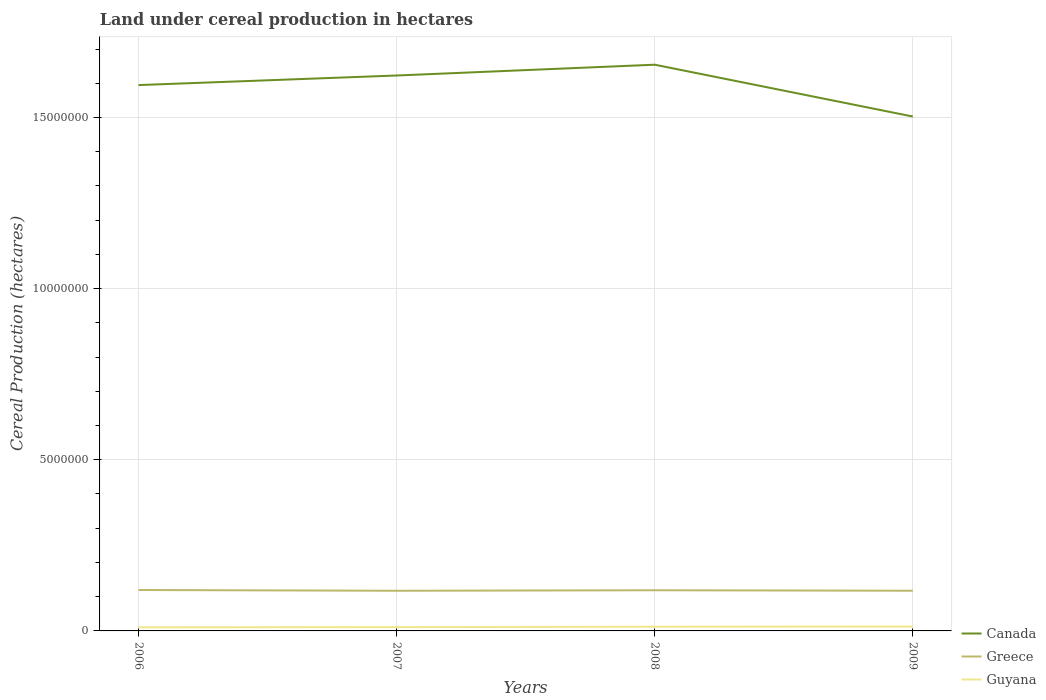
| Years | Canada | Greece | Guyana |
 | --- | --- | --- | --- |
 | 2006 | 1.59e+07 | 1.2e+06 | 1.05e+05 |
 | 2007 | 1.62e+07 | 1.17e+06 | 1.10e+05 |
 | 2008 | 1.65e+07 | 1.19e+06 | 1.23e+05 |
 | 2009 | 1.5e+07 | 1.17e+06 | 1.28e+05 |